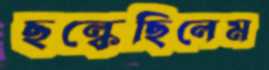
ছল্‌কেছিলেম